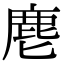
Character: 麀